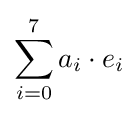
\sum _{i=0}^{7}a_{i}\cdot e_{i}